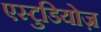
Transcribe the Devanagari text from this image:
एस्टुडियोज़